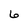
Character: 6